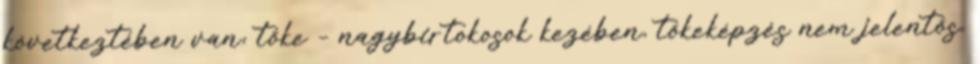
következtében van; tőke – nagybirtokosok kezében, tőkeképzés nem jelentős,